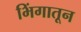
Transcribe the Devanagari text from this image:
भिंगातून